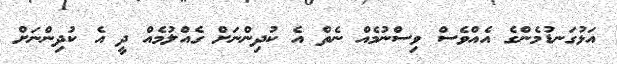
އަޅުގަނޑުމެންގެ އެއްވެސް ވިސްނުމެއް ނެތް އެ ކުދިންނަށް ގެއްލުމެއް ދީ އެ ކުދިންނަށް